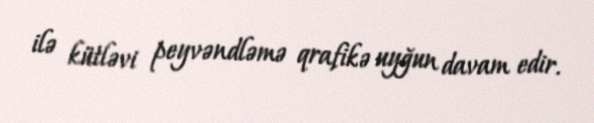
ilə kütləvi peyvəndləmə qrafikə uyğun davam edir.